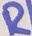
Text: R